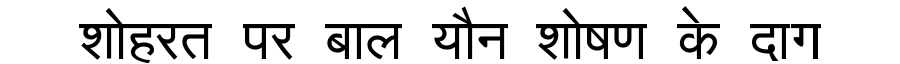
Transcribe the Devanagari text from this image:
शोहरत पर बाल यौन शोषण के दाग